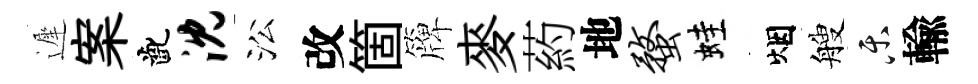
遲案齔沈㳂改箇簰麥葯地蝥蛙烟艘乐輸